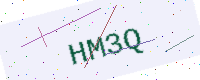
Text: HM3Q